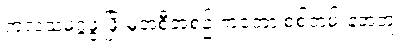
ကုလသမဂ္ဂဖွံ့ဖြိုးမှုအစီအစဉ် ကတော့ စစ်တမ်းနဲ့အတူ